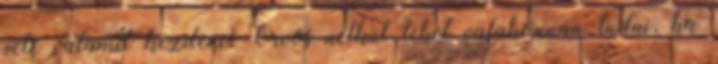
vele valamit kezdeni? Orvos nélkül lehet valahonnan tudni, ha